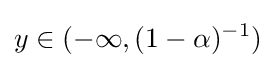
y\in (-\infty ,(1-\alpha )^{-1})